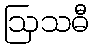
ဩသဓီ